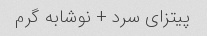
پیتزای سرد + نوشابه گرم